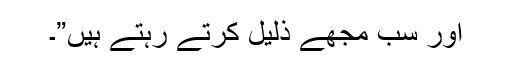
اور سب مجھے ذلیل کرتے رہتے ہیں”۔